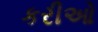
કરીઓ